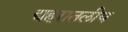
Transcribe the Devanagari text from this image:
द्यहरातलीय